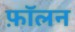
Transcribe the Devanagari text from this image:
फ़ॉलन